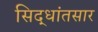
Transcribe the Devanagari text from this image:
सिद्धांतसार